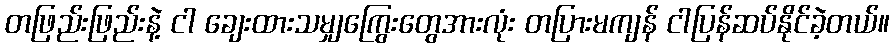
တဖြည်းဖြည်းနဲ့ ငါ ချေးထားသမျှကြွေးတွေအားလုံး တပြားမကျန် ငါပြန်ဆပ်နိုင်ခဲ့တယ်။